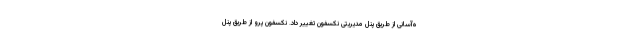
ه‌آسانی از طریق پنل مدیریتی نکسفون تغییر داد. نکسفون پرو از طریق پنل